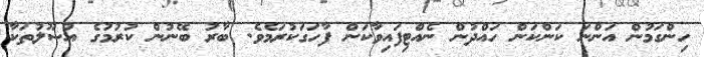
ހިންގަމުން އަންނަ ކަންކަން ހައްދުން ނެއްޓިފައިވާކަން ފާހަގަކުރަމެވެ. ބާރު ބޭނުން ކުރުމުގެ އުޞޫލުތަކާ